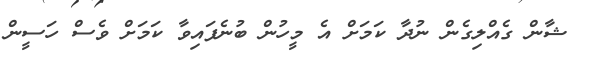
ޝާން ގެއްލިގެން ނުދާ ކަމަށް އެ މީހުން ބުނެފައިވާ ކަމަށް ވެސް ހަސީން